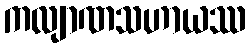
ကလျာဏသဟာယဿ